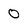
Character: 0